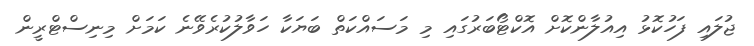
ޖުލައި ފަހުކޮޅު އިއުލާންކޮށް އޮކްޓޯބަރުގައި މި މަސައްކަތް ބަޔަކާ ހަވާލުކުރެވޭނެ ކަމަށް މިނިސްޓްރީން